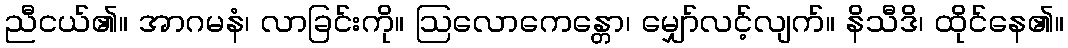
ညီငယ်၏။ အာဂမနံ၊ လာခြင်းကို။ ဩလောကေန္တော၊ မျှော်လင့်လျက်။ နိသီဒိ၊ ထိုင်နေ၏။